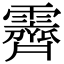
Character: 霽